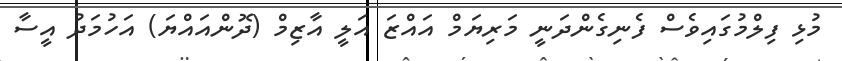
މުޅި ފިލްމުގައިވެސް ފެނިގެންދަނީ މަރިޔަމް އައްޒަ އަލީ އާޒިމް (ދޮންއައްޔަ) އަހުމަދު އީސާ